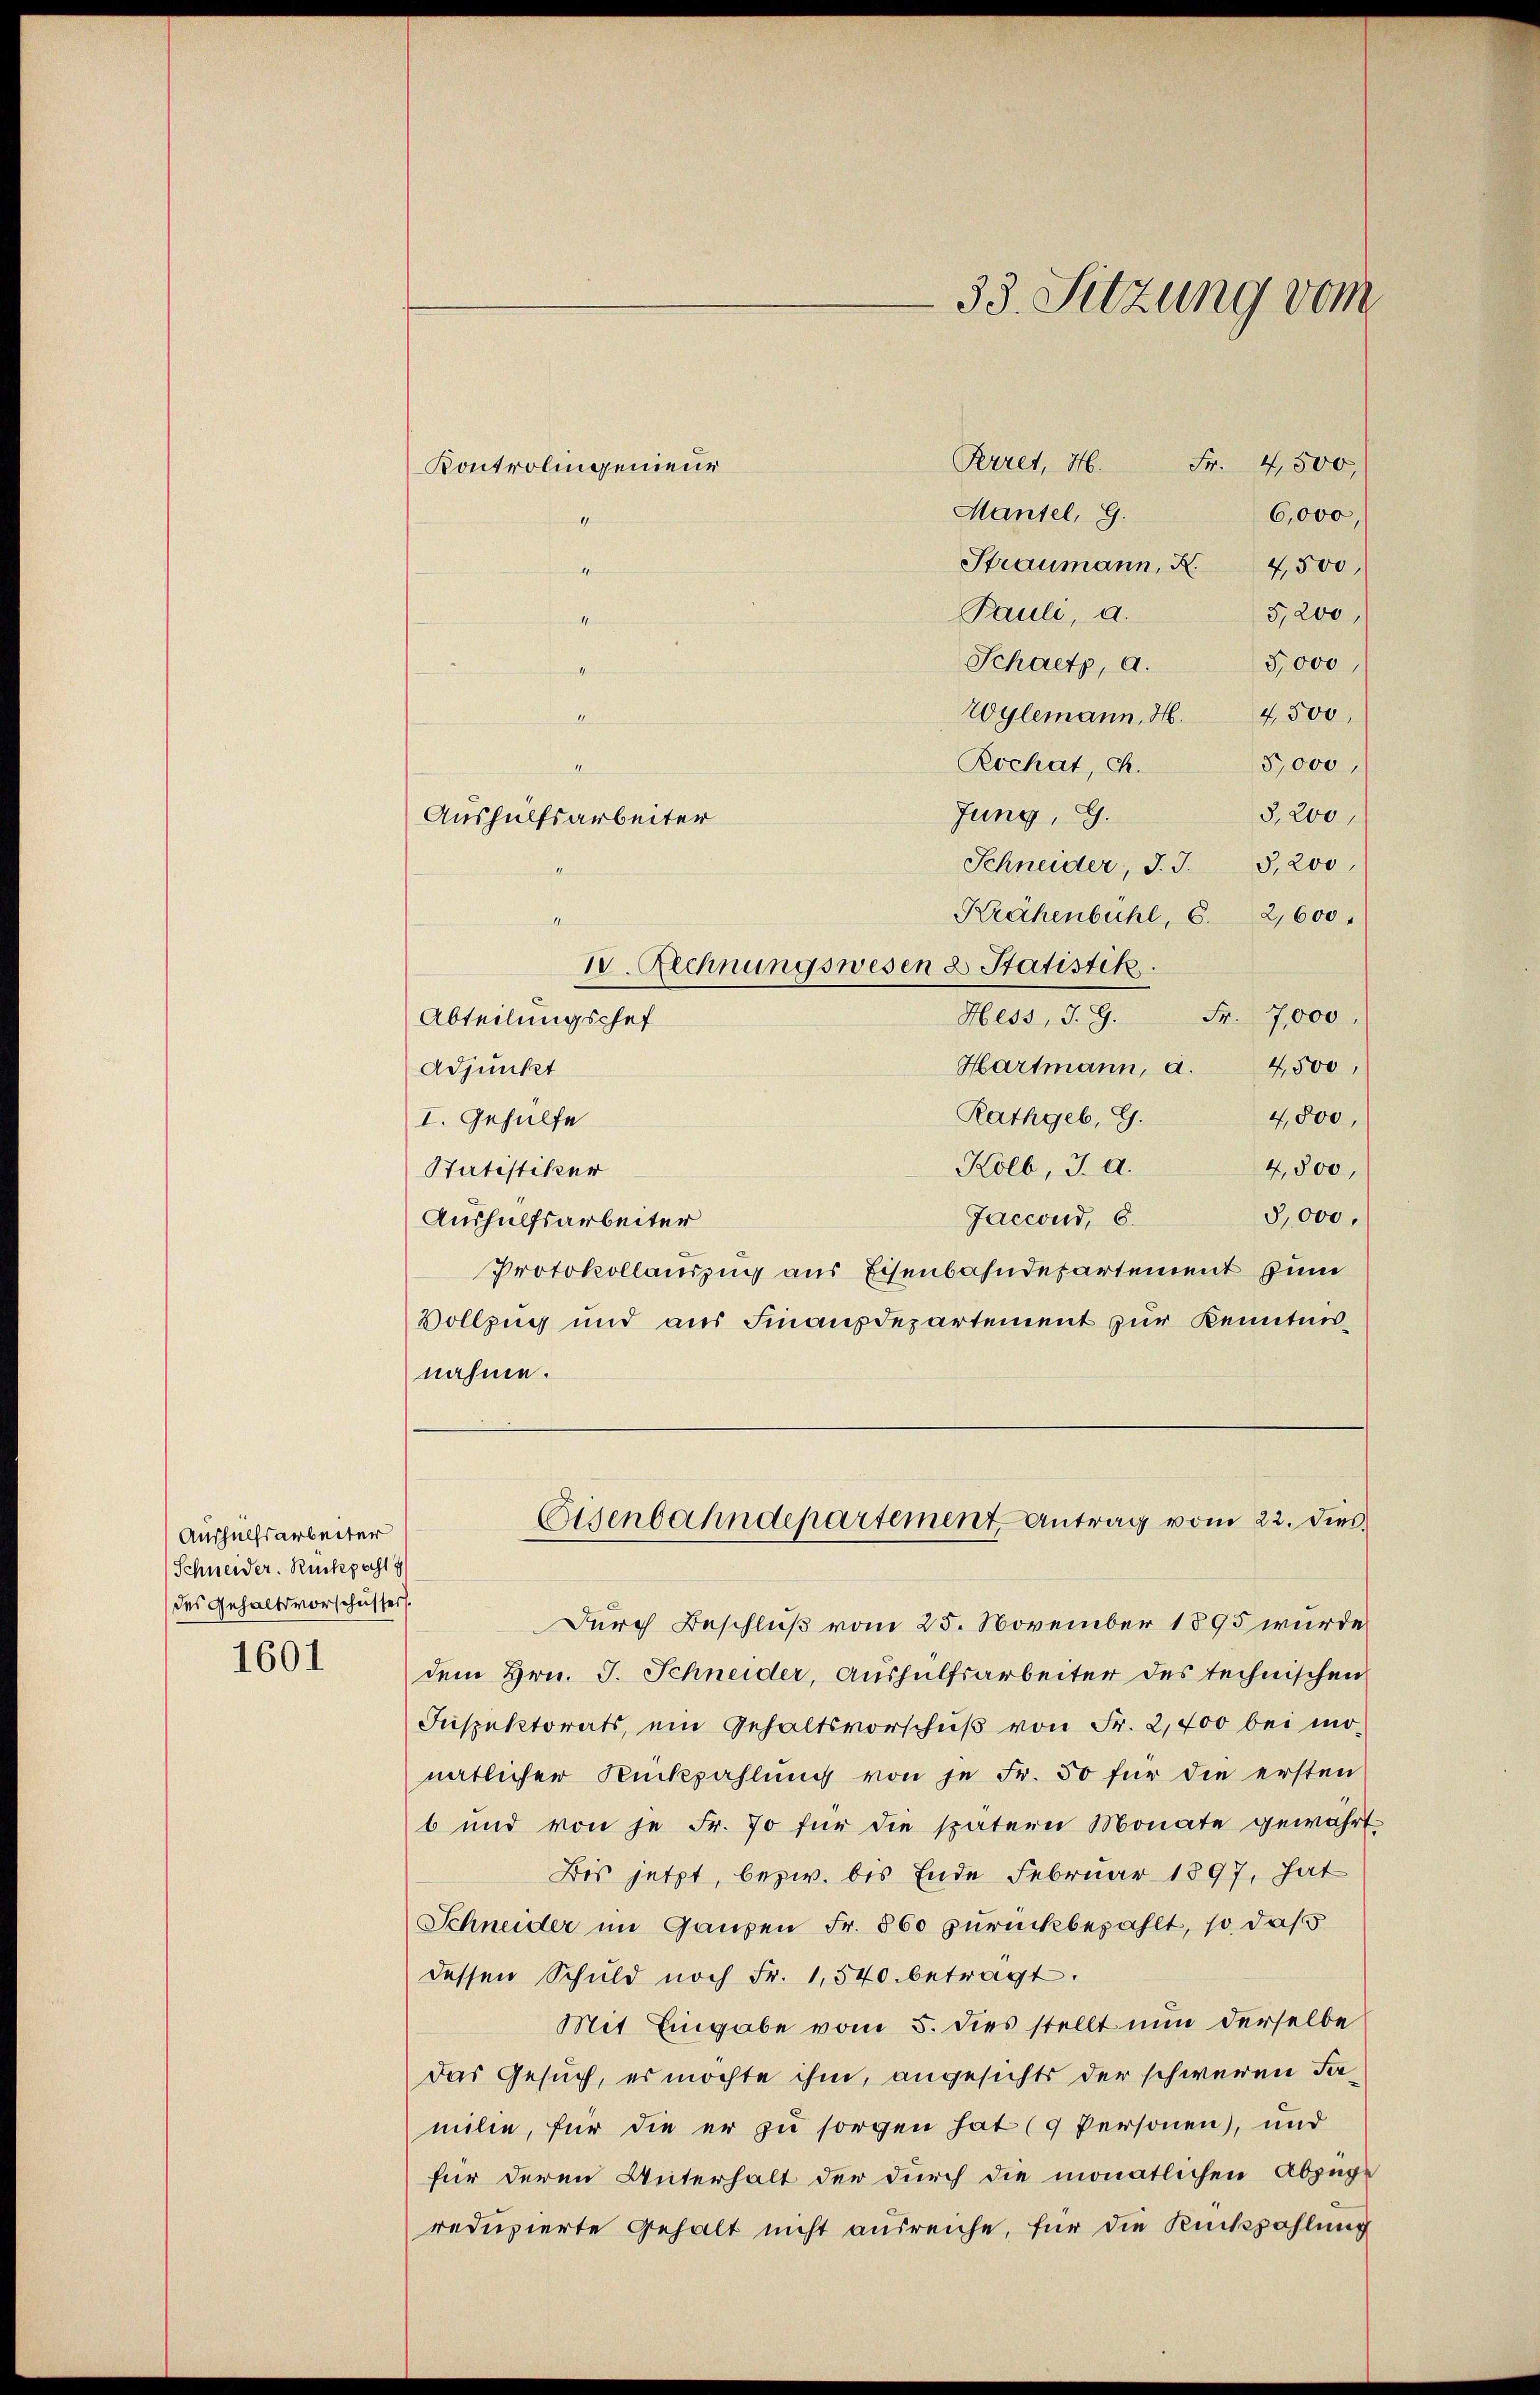
Aushülfsarbeiter
Schneider. Rückpost
des Gehaltsvorschusser
1601

Kontrolingenieur

Aushülfsarbeiter

33. Sitzung vom

Prret, H. Fr. 4,500,
Mantel, G.
Straumann, K. 4,500,
11
Pauli, a.
Schatz, a. 5000,
Wylemann, H. 4,500,
Rochat, Ph.
Jung, G.
Schneider, J. J. S. 200
Krähenbühl, 6. 2,600.
m
IV. Rechnungswesen & Statistik.
Hess, J. G.
Fr. 7,000
Abteilungschef
Hartmann, a. 4,500,
Adjunkt
4,800,
Rathgeb, G.
I. Gehülfe
4,800,
Hölb, J. A.
Satistiker
5,000,
Jaccoud, 6.
Aushülfsarbeiter
Protokollauszug aus Eisenbahndepartement zum
Vollzug und aus Finanzdepartement zur Kenntnisnahme.

6,000,
5,200,
5,000,
5,200,

Eisenbahndepartement Antrag vom 22. dies

Durch Beschluß vom 25. November 1895 wurde
dem Hrn. J. Schneider, Aushülfsarbeiter des technischen
Inspektorats, ein Gehaltsvorschŭβ von Fr. 2,700 bei monatlicher Rückzahlung von je Fr. 50 für die ersten
6 und von je Fr. 70 für die spätern Monate gewährt.
Bis jetzt, bezw. bis Ende Februar 1897, hat
Schneider im Ganzen Fr. 860 zurückbezahlt, so daß
dessen Schuld noch Fr. 1,540. betragt.
Mit Eingabe vom 5. dies stellt nun derselbe
Das Gesuch, es möchte ihm, angesichts der schweren Familie, für die er zu sorgen hat (9 Personen), und
für deren Unterhalt der durch die monatlichen Abzüge
reduzierte Gehalt nicht ausreiche, für die Rückzahlung